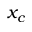
x _ { c }